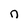
Character: n